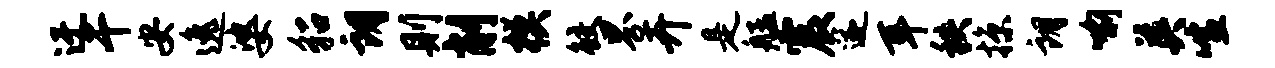
迂干安逸婆貂朗则削模鲛界卉是艋震遂耳秩掠朗喻英喧